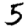
Digit: 5